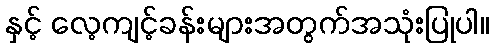
နှင့် လေ့ကျင့်ခန်းများအတွက်အသုံးပြုပါ။